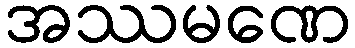
အဿမဏေ